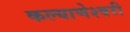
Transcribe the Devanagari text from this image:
कल्याणेश्वरी